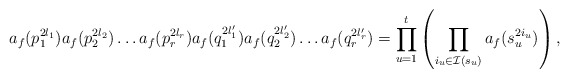
\begin{align*}a_f(p_1^{2l_1})a_f(p_2^{2l_2})\dots a_f(p_r^{2l_r})a_f(q_1^{2l_1'})a_f(q_2^{2l_2'})\dots a_f(q_r^{2l_r'}) = \prod_{u=1}^ t \left(\prod_{i_u \in \mathcal I(s_u)} a_f(s_u^{2i_u})\right),\end{align*}